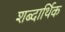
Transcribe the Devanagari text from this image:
शब्दार्थिक